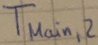
Text: TMain,2